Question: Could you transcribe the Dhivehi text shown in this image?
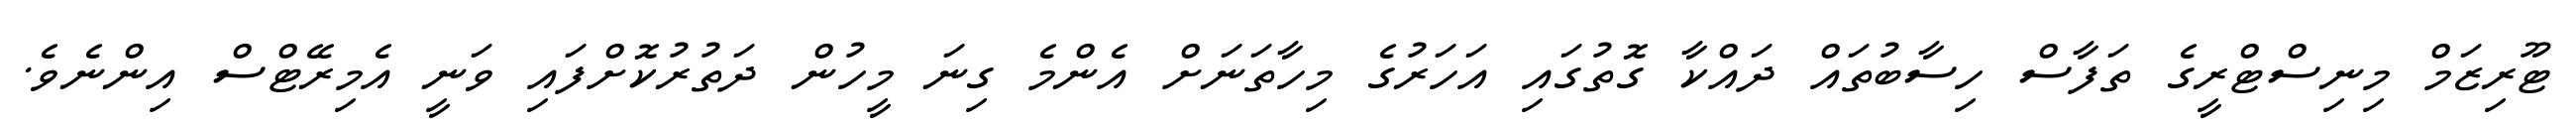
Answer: ޓޫރިޒަމް މިނިސްޓްރީގެ ތަފާސް ހިސާބުތައް ދައްކާ ގޮތުގައި އަހަރުގެ މިހާތަނަށް އެންމެ ގިނަ މީހުން ދަތުރުކޮށްފައި ވަނީ އެމިރޭޓްސް އިންނެވެ.